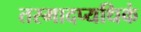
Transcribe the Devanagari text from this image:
तस्मादप्यधिकं